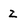
Character: 2